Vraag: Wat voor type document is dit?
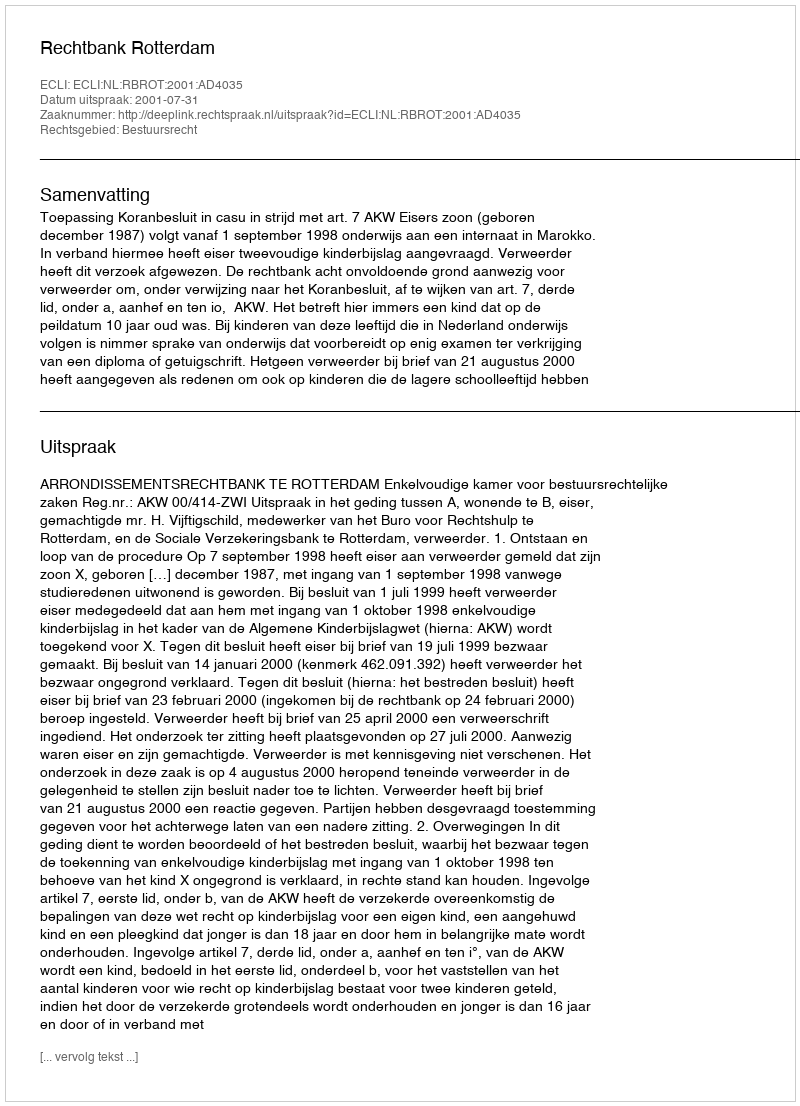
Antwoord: Uitspraak